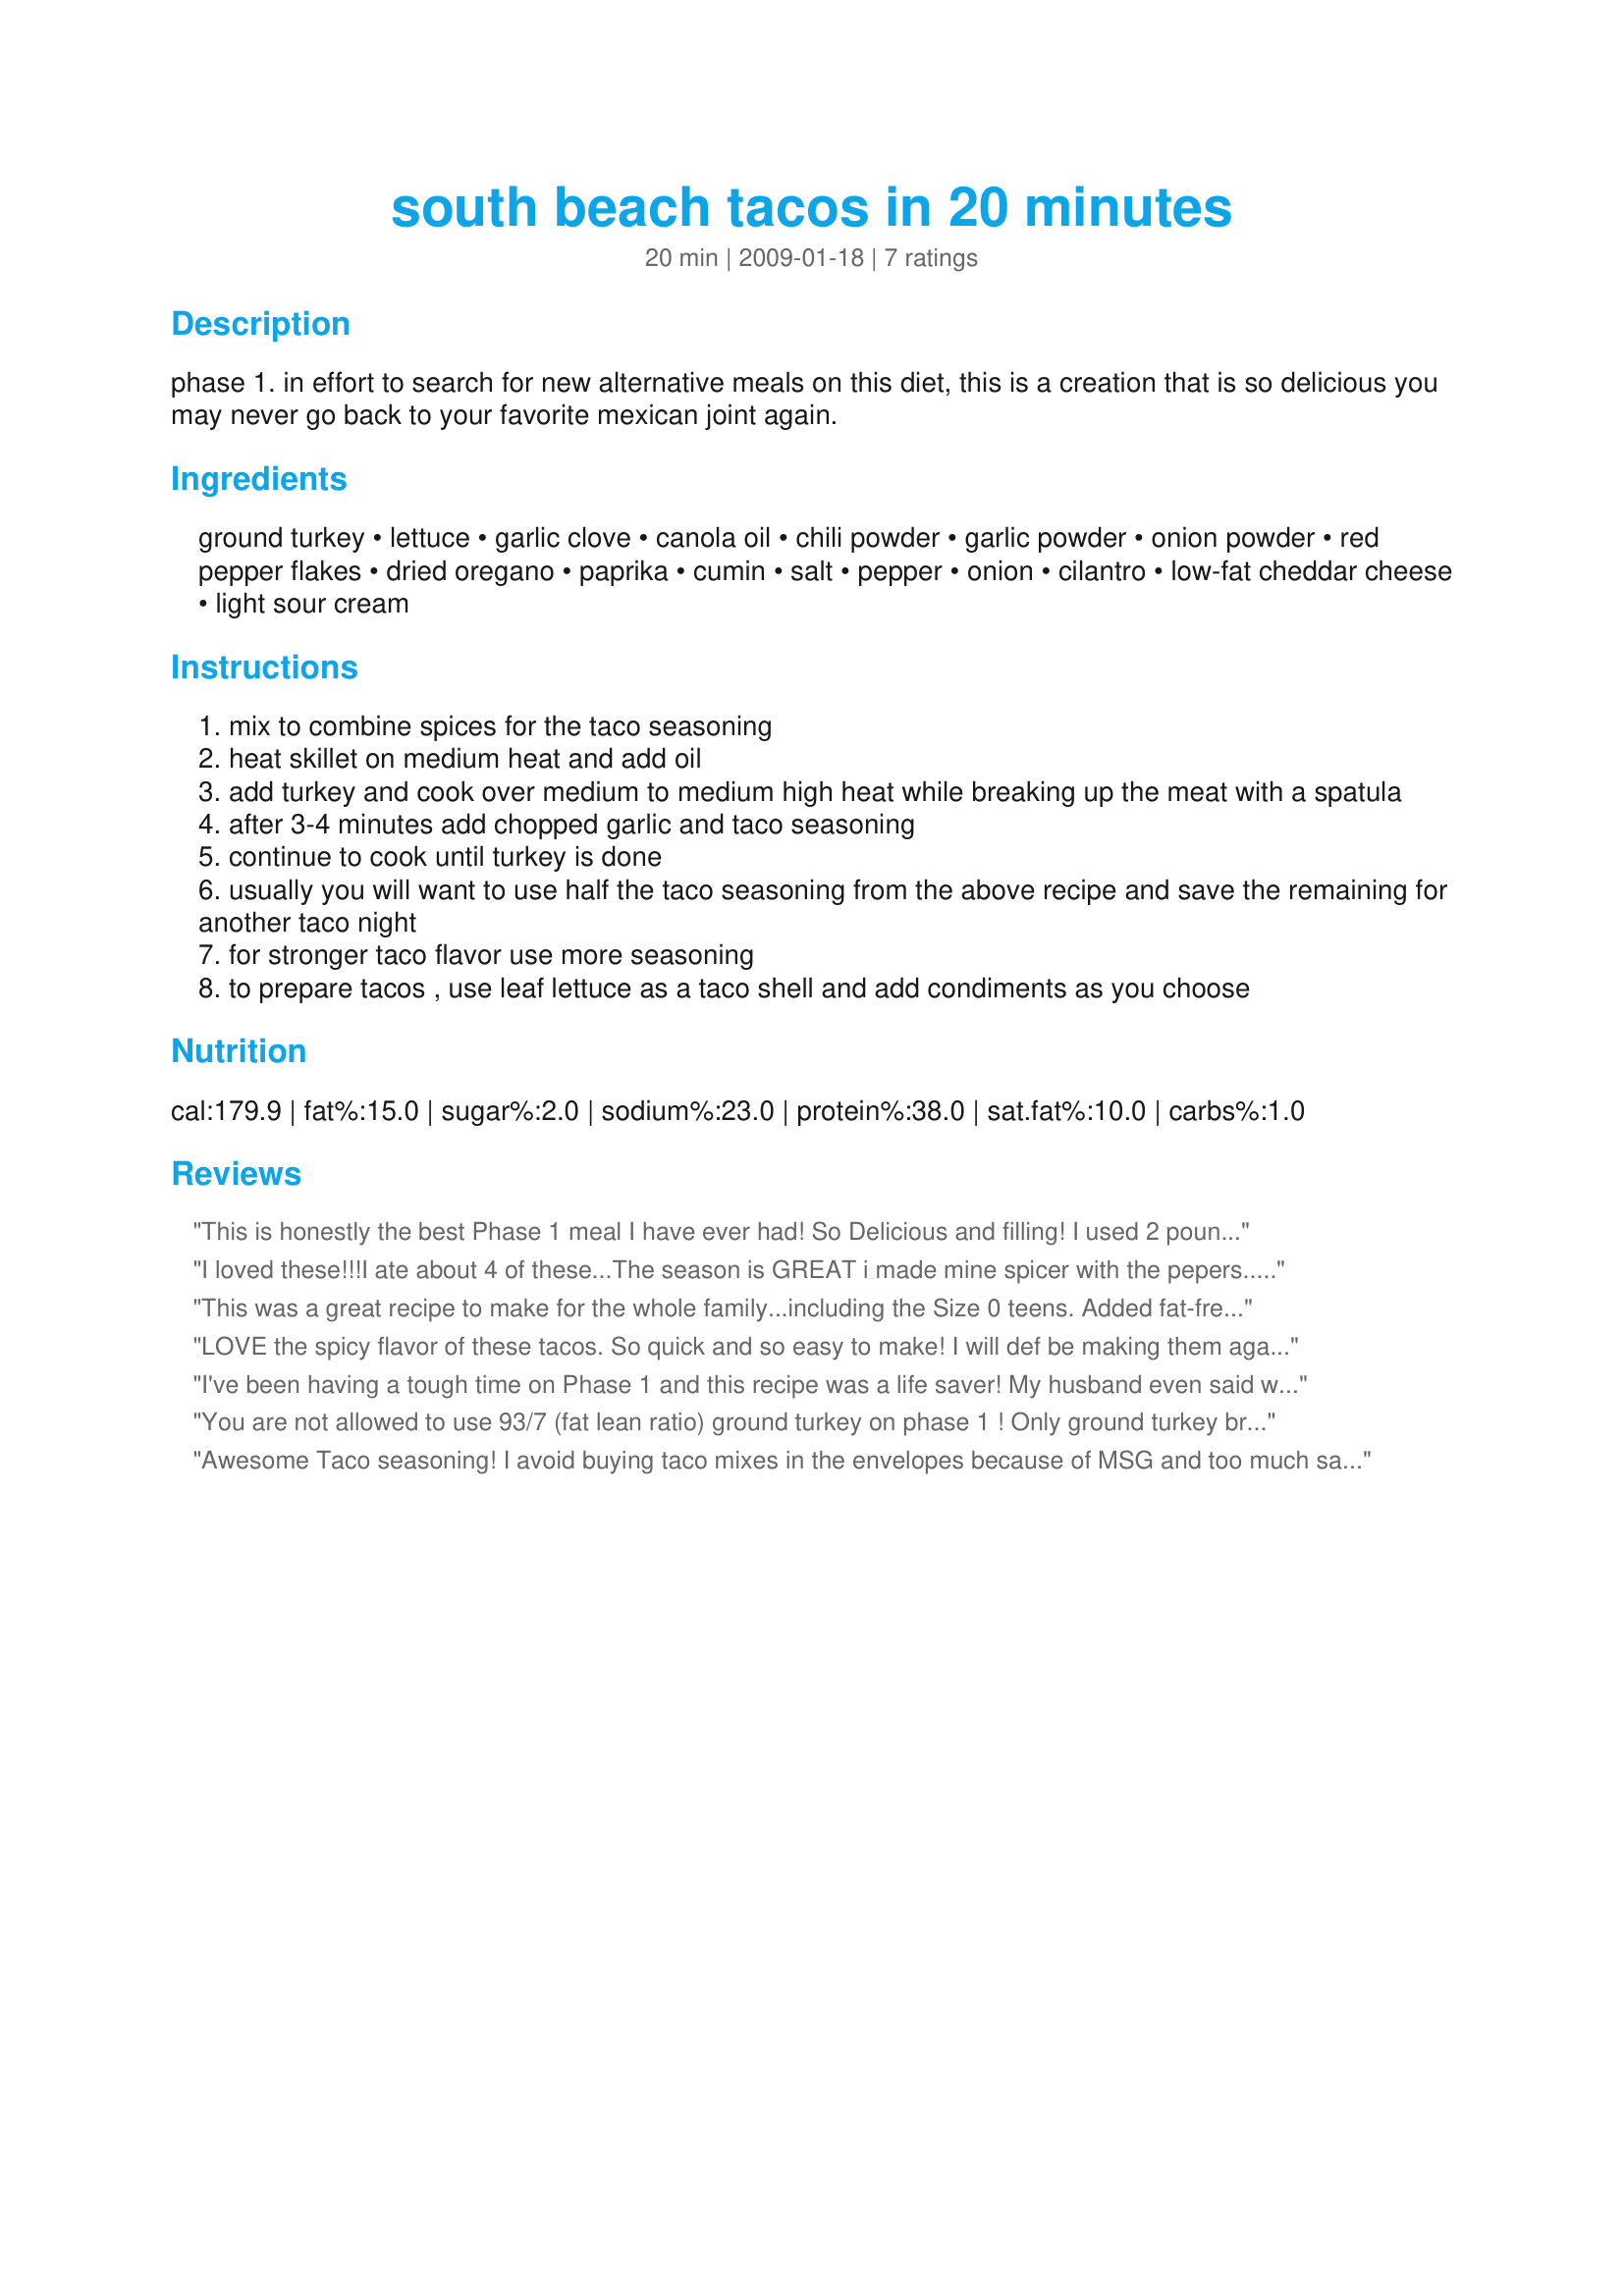
south beach tacos in 20 minutes
Preparation time: 20 minutes

phase 1. in effort to search for new alternative meals on this diet, this is a creation that is so delicious you may never go back to your favorite mexican joint again.

Ingredients:
ground turkey, lettuce, garlic clove, canola oil, chili powder, garlic powder, onion powder, red pepper flakes, dried oregano, paprika, cumin, salt, pepper, onion, cilantro, low-fat cheddar cheese, light sour cream

Steps:
mix to combine spices for the taco seasoning
heat skillet on medium heat and add oil
add turkey and cook over medium to medium high heat while breaking up the meat with a spatula
after 3-4 minutes add chopped garlic and taco seasoning
continue to cook until turkey is done
usually you will want to use half the taco seasoning from the above recipe and save the remaining for another taco night
for stronger taco flavor use more seasoning
to prepare tacos , use leaf lettuce as a taco shell and add condiments as you choose

Reviews:
This is honestly the best Phase 1 meal I have ever had! So Delicious and filling! I used 2 pounds of fat free ground turkey breast...there was more than enough seasoning for it to be spicy. I also added onions when I cooked up the turkey. My toppings were fat free cheese, fat free sour cream and salsa. I LOVED IT! IF YOU ARE A TACO EATER ON PHASE 1....MAKE THIS!!! The lettuce "shells" were good...kind of messy, but no fault of the recipe's...just me tearing them off the head wrong. :)
I loved these!!!I ate about 4 of these...The season is GREAT i made mine spicer with the pepers... the lettuce shelles are a good idea which i never though of!! i had fat free mexican cheese and fat free sour cream with 2 TBPS of meat.. it was more the enough for the whole family!! my son enjoyed it b,c other then making the taco's i just mixed his all together!!
This was a great recipe to make for the whole family...including the Size 0 teens. Added fat-free refried beans for the side, and it was the perfect meal.
LOVE the spicy flavor of these tacos. So quick and so easy to make! I will def be making them again!!!
I've been having a tough time on Phase 1 and this recipe was a life saver! My husband even said we might not need shells for tacos anymore. The best part is that you don't feel like you're compromising taste for ingredients, it genuinely tastes great! The lettuce also adds a nice little crunch.
You are not allowed to use 93/7 (fat lean ratio) ground turkey on phase 1 ! Only ground turkey breast is allowed.
Awesome Taco seasoning! I avoid buying taco mixes in the envelopes because of MSG and too much salt. I love that I can make my own now. This is the best combination of spices I have found! No matter what kind of meat you mix it with... print the recipe just for the taco seasoning. Make is exactly as written. Excellent!
